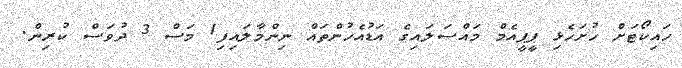
ހައިކޯޓަށް ހުށަހެޅި ޕީޕީއެމް މައްސަލައިގެ އަޑުއެހުންތައް ނިންމާލައިފި1 މަސް 3 ދުވަސް ކުރިން.